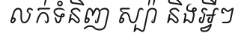
លក់ទំនិញ ស្ប៉ា និងអ្វីៗ